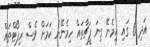
އަދި 6 ގައި ހިމެނޭ ގިނަ ފީޗާތައް ހިމެނޭނެ ކަމަށް ވެސް ރިޕޯޓްތައް